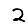
Digit: 2